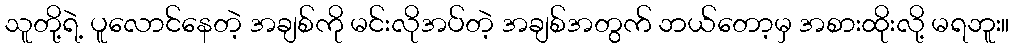
သူတို့ရဲ့ ပူလောင်နေတဲ့ အချစ်ကို မင်းလိုအပ်တဲ့ အချစ်အတွက် ဘယ်တော့မှ အစားထိုးလို့ မရဘူး။